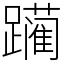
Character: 躏